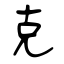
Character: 克